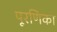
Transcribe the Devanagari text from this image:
पूरणिका